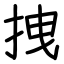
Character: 拽